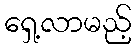
ရှေ့လာမည့်